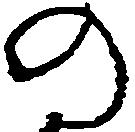
の